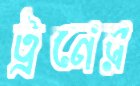
ট্রনের